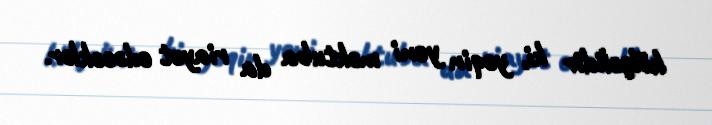
kölgəlidir ki, yəqin yeni məktuba da riayət edəcəklər.